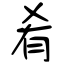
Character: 肴